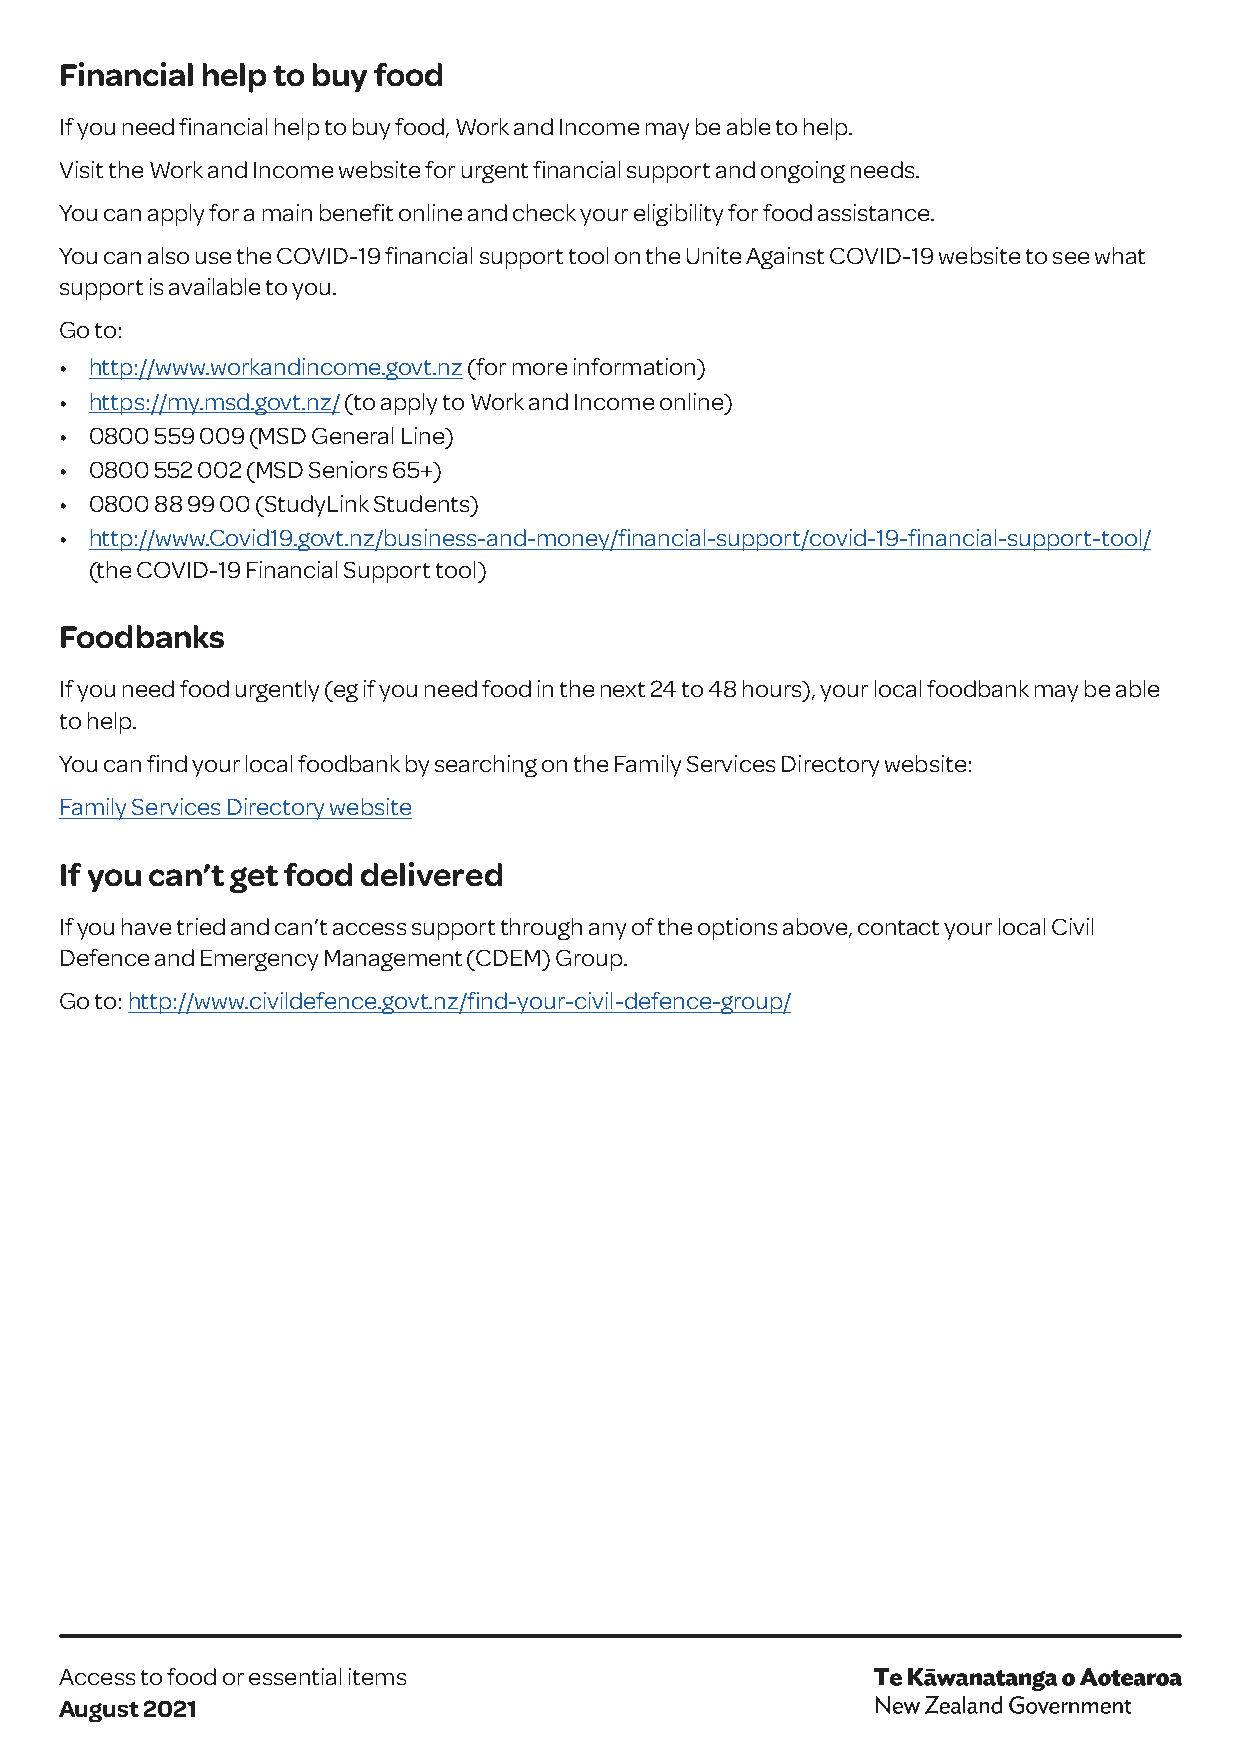
Financial help to buy food
 If you need financial help to buy food, Work and Income may be able to help.
 Visit the Work and Income website for urgent financial support and ongoing needs.
 You can apply for a main benefit online and check your eligibility for food assistance.
 You can also use the COVID-19 financial support tool on the Unite Against COVID-19 website to see what
 support is available to you.
 Go to:
 • http://www.workandincome.govt.nz (for more information)
 • https://my.msd.govt.nz/ (to apply to Work and Income online)
 • 0800 559 009 (MSD General Line)
 • 0800 552 002 (MSD Seniors 65+)
 • 0800 88 99 00 (StudyLink Students)
 • http://www.Covid19.govt.nz/business-and-money/financial-support/covid-19-financial-support-tool/
 (the COVID-19 Financial Support tool)
 Foodbanks
 If you need food urgently (eg if you need food in the next 24 to 48 hours), your local foodbank may be able
 to help.
 You can find your local foodbank by searching on the Family Services Directory website:
 Family Services Directory website
 If you can’t get food delivered
 If you have tried and can’t access support through any of the options above, contact your local Civil
 Defence and Emergency Management (CDEM) Group.
 Go to: http://www.civildefence.govt.nz/find-your-civil-defence-group/
 Access to food or essential items
 August 2021